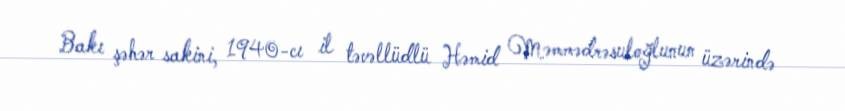
Bakı şəhər sakini, 1940-cı il təvəllüdlü Həmid Məmmədrəsuloğlunun üzərində